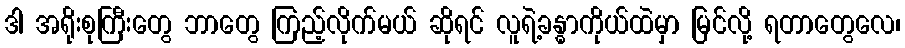
ဒါ အရိုးစုကြီးတွေ ဘာတွေ ကြည့်လိုက်မယ် ဆိုရင် လူရဲ့ခန္ဓာကိုယ်ထဲမှာ မြင်လို့ ရတာတွေလေ၊